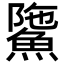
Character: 𩸻